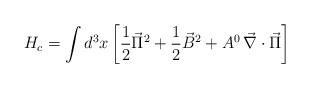
\begin{align*}H_{c} = \int d^{3}x \left[ \frac{1}{2} \vec{\Pi}^{2} + \frac{1}{2}\vec{B}^{2} + A^{0} \, \vec{\nabla} \cdot \vec{\Pi} \right]\end{align*}